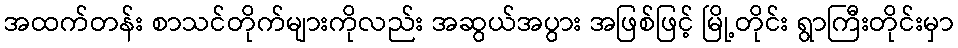
အထက်တန်း စာသင်တိုက်များကိုလည်း အဆွယ်အပွား အဖြစ်ဖြင့် မြို့တိုင်း ရွာကြီးတိုင်းမှာ